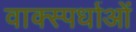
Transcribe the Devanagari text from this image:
वाक्स्पर्धाओं